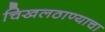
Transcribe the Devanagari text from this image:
चिखलठाण्याचा